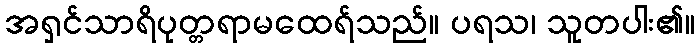
အရှင်သာရိပုတ္တရာမထေရ်သည်။ ပရသ၊ သူတပါး၏။